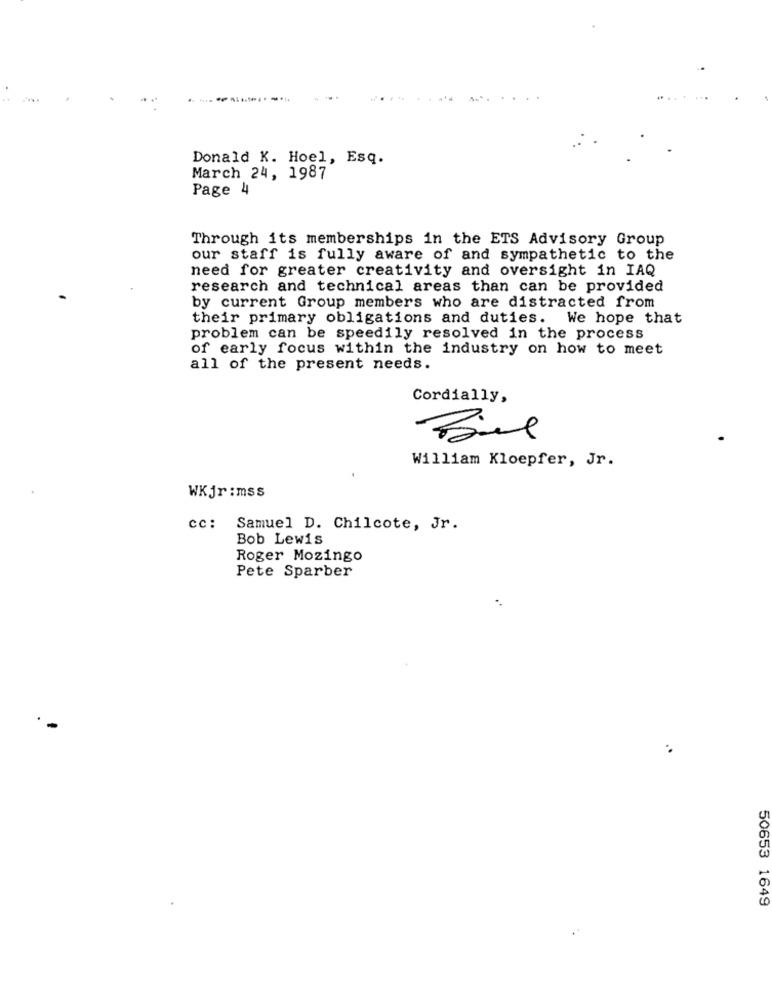
Donald K. Hoel, Esq.
March 24, 1987
Page 4
Through its memberships in the ETS Advisory Group
our staff is fully aware of and sympathetic to the
need for greater creativity and oversight in IAQ
research and technical areas than can be provided
by current Group members who are distracted from
their primary obligations and duties. We hope that
problem can be speedily resolved in the process
of early focus within the industry on how to meet
all of the present needs.
Cordially,
William Kloepfer, Jr.
WKjr:mss
cc: Samuel D. Chilcote, Jr.
Bob Lewis
Roger Mozingo
Pete Sparber
50653 1649